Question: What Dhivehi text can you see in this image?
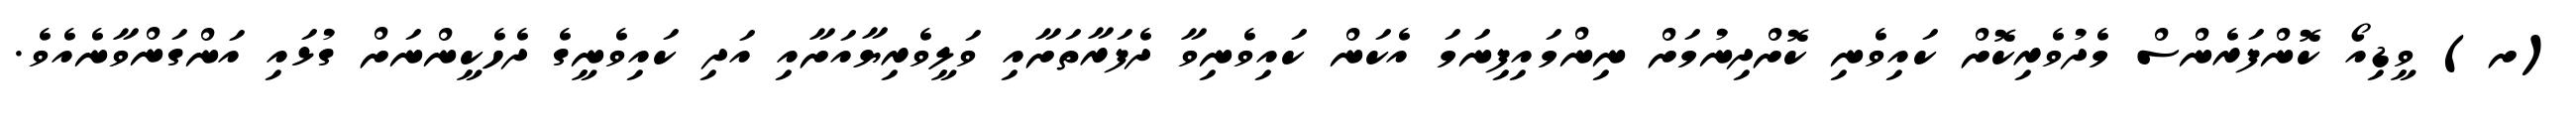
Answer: (ށ) ވީޑިއޯ ކޮންފަރެންސް މެދުވެރިކޮށް ކައިވެނި ކޮށްދިނުމަށް ނިންމައިފިނަމަ އެކަން ކައިވެނިވާ ދެފަރާތަށާއި ވަލީވެރިޔާއަށާއި އަދި ކައިވެނީގެ ދެހެކީންނަށް ގުޅައި އަންގަންވާނެއެވެ.